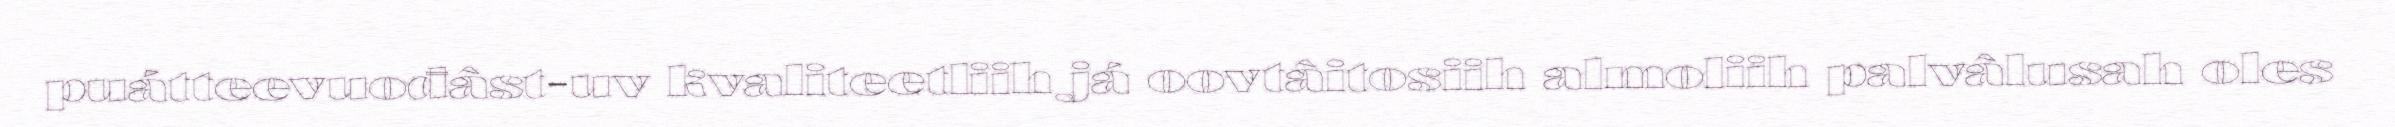
puátteevuođâst-uv kvaliteetliih já oovtâitosiih almoliih palvâlusah oles